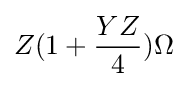
Z(1+{\frac {YZ}{4}})\Omega